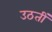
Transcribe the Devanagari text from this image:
उठतीं